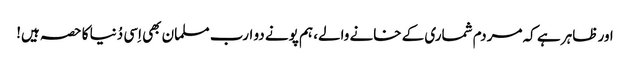
اور ظاہر ہے کہ مردم شماری کے خانے والے، ہم پونے دو ارب مسلمان بھی اِسی دُنیا کا حصہ ہیں!